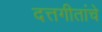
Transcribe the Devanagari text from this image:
दत्तगीतांचे